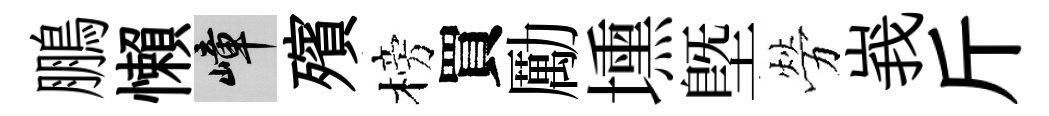
鵬懶嶂殯榜買勵壎塈勞峩斤